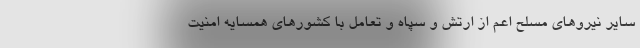
سایر نیروهای مسلح اعم از ارتش و سپاه و تعامل با کشورهای همسایه امنیت